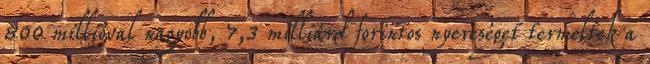
800 millióval nagyobb, 7,3 milliárd forintos nyereséget termeltek a